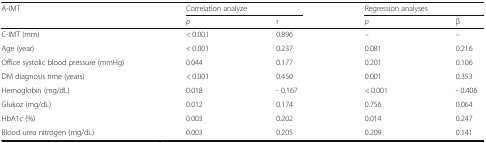
<table><thead><tr><td rowspan="2"><b>A-IMT</b></td><td colspan="2"><b>Correlation analyze</b></td><td colspan="2"><b>Regression analyses</b></td></tr><tr><td><b><i>p</i></b></td><td><b>r</b></td><td><b><i>p</i></b></td><td><b>β</b></td></tr></thead><tbody><tr><td>C-IMT (mm)</td><td>&lt; 0.001</td><td>0.896</td><td>–</td><td>–</td></tr><tr><td>Age (year)</td><td>&lt; 0.001</td><td>0.237</td><td>0.081</td><td>0.216</td></tr><tr><td>Office systolic blood pressure (mmHg)</td><td>0.044</td><td>0.177</td><td>0.201</td><td>0.106</td></tr><tr><td>DM diagnosis time (years)</td><td>&lt; 0.001</td><td>0.450</td><td>0.001</td><td>0.353</td></tr><tr><td>Hemoglobin (mg/dL)</td><td>0.018</td><td>- 0.167</td><td>&lt; 0.001</td><td>- 0.406</td></tr><tr><td>Glukoz (mg/dL)</td><td>0.012</td><td>0.174</td><td>0.756</td><td>0.064</td></tr><tr><td>HbA1c (%)</td><td>0.003</td><td>0.202</td><td>0.014</td><td>0.247</td></tr><tr><td>Blood urea nitrogen (mg/dL)</td><td>0.003</td><td>0.205</td><td>0.209</td><td>0.141</td></tr></tbody></table>